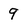
Character: 9